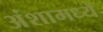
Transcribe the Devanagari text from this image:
अंशामध्ये